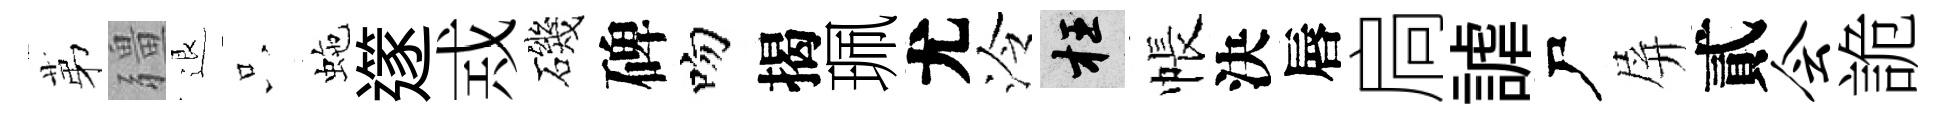
苐疆退只虵𨗹𢦶磯碑吻揭珮尤泠枉帳決唇扃謔尸屏貳会詭